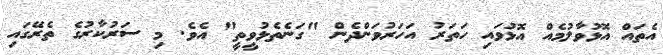
އެތައް އޮޅުވާލުމެއް އޮޅުވައި ހަތަރު އަހަރުވަންދެން "ގަނެތެޅުވީތީ" އެވެ. މި ސަރުކާރުގެ ތެރޭގައި